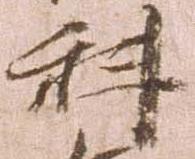
科